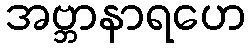
အဗ္ဘာနာရဟေ